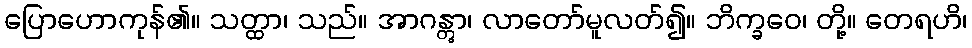
ပြောဟောကုန်၏။ သတ္ထာ၊ သည်။ အာဂန္တွာ၊ လာတော်မူလတ်၍။ ဘိက္ခဝေ၊ တို့။ တေရဟိ၊